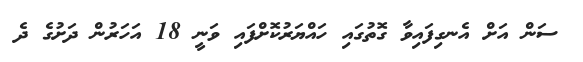
ސަން އަށް އެނގިފައިވާ ގޮތުގައި ހައްޔަރުކޮށްފައި ވަނީ 18 އަހަރުން ދަށުގެ ދެ